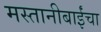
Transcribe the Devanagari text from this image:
मस्तानीबाईंचा